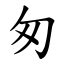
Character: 匆